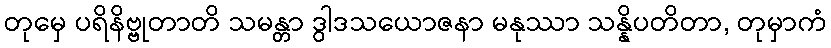
တုမှေ ပရိနိဗ္ဗုတာတိ သမန္တာ ဒွါဒသယောဇနာ မနုဿာ သန္နိပတိတာ, တုမှာကံ